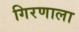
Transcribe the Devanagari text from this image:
गिरणाला